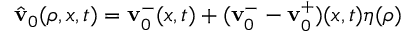
\hat { \mathbf { v } } _ { 0 } ( \rho , x , t ) = \mathbf { v } _ { 0 } ^ { - } ( x , t ) + ( \mathbf { v } _ { 0 } ^ { - } - \mathbf { v } _ { 0 } ^ { + } ) ( x , t ) \eta ( \rho )